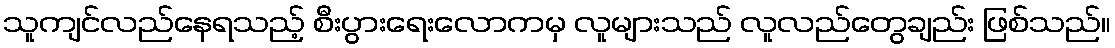
သူကျင်လည်နေရသည့် စီးပွားရေးလောကမှ လူများသည် လူလည်တွေချည်း ဖြစ်သည်။